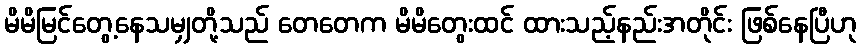
မိမိမြင်တွေ့နေသမျှတို့သည် တေတေက မိမိတွေးထင် ထားသည့်နည်းအတိုင်း ဖြစ်နေပြီဟု